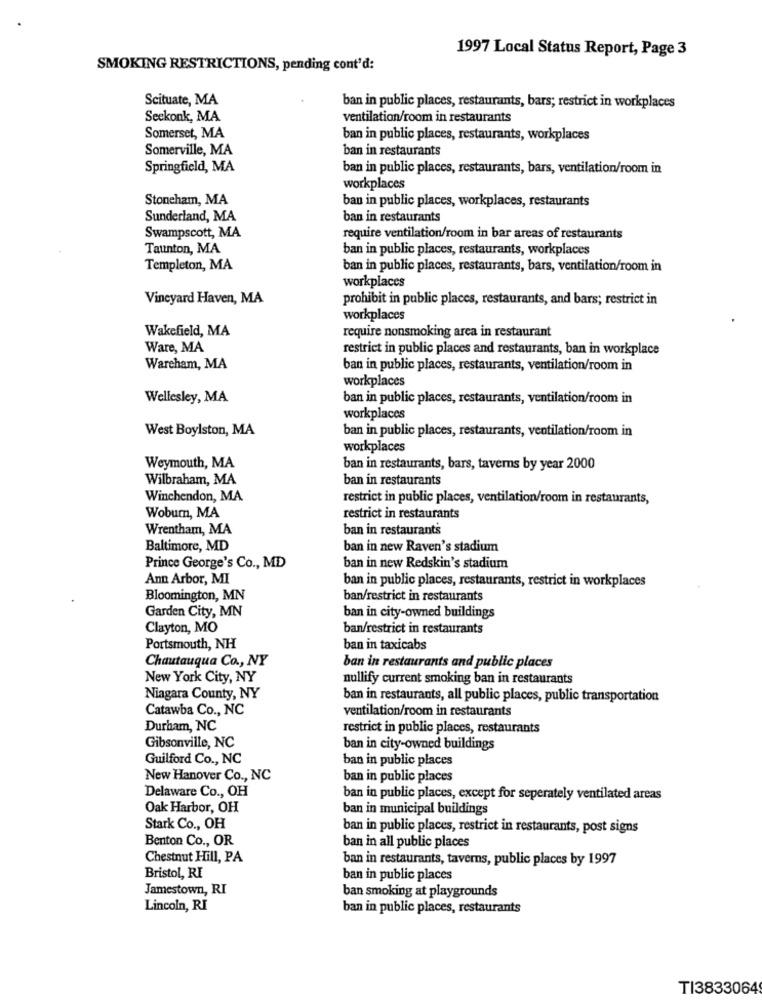
1997 Local Status Report, Page 3
SMOKING RESTRICTIONS, pending cont'd:
Scituate, MA
ban in public places, restaurants, bars; restrict in workplaces
Seekonk, MA
ventilation/room in restaurants
Somerset, MA
ban in public places, restaurants, workplaces
Somerville, MA
ban in restaurants
Springfield, MA
ban in public places, restaurants, bars, ventilation/room in
workplaces
Stoneham, MA
ban in public places, workplaces, restaurants
Sunderland, MA
ban in restaurants
Swampscott, MA
require ventilation/room in bar areas of restaurants
Taunton, MA
ban in public places, restaurants, workplaces
Templeton, MA
ban in public places, restaurants, bars, ventilation/room in
workplaces
Vineyard Haven, MA
prohibit in public places, restaurants, and bars; restrict in
workplaces
Wakefield, MA
require nonsmoking area in restaurant
Ware, MA
restrict in public places and restaurants, ban in workplace
Wareham, MA
ban in public places, restaurants, ventilation/room in
workplaces
Wellesley, MA
ban in public places, restaurants, ventilation/room in
workplaces
West Boylston, MA
ban in public places, restaurants, ventilation/room in
workplaces
Weymouth, MA
ban in restaurants, bars, taverns by year 2000
Wilbraham, MA
ban in restaurants
Winchendon, MA
restrict in public places, ventilation/room in restaurants,
Wobum, MA
restrict in restaurants
Wrentham, MA
ban in restaurants
Baltimore, MD
ban in new Raven's stadium
Prince George's Co ., MD
ban in new Redskin's stadium
Ann Arbor, MI
ban in public places, restaurants, restrict in workplaces
Bloomington, MN
ban/restrict in restaurants
Garden City, MN
ban in city-owned buildings
Clayton, MO
ban/restrict in restaurants
Portsmouth, NH
ban in taxicabs
Chautauqua Co ., NY
ban in restaurants and public places
New York City, NY
nullify current smoking ban in restaurants
Niagara County, NY
ban in restaurants, all public places, public transportation
Catawba Co ., NC
ventilation/room in restaurants
Durham, NC
restrict in public places, restaurants
Gibsonville, NC
ban in city-owned buildings
Guilford Co ., NC
ban in public places
New Hanover Co ., NC
ban in public places
Delaware Co ., OH
ban in public places, except for seperately ventilated areas
Oak Harbor, OH
ban in municipal buildings
Stark Co ., OH
ban in public places, restrict in restaurants, post signs
Benton Co ., OR
ban in all public places
Chestnut Hill, PA
ban in restaurants, taverns, public places by 1997
Bristol, RI
ban in public places
Jamestown, RI
ban smoking at playgrounds
Lincoln, RI
ban in public places, restaurants
TI3833064